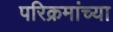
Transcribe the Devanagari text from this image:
परिक्रमांच्या